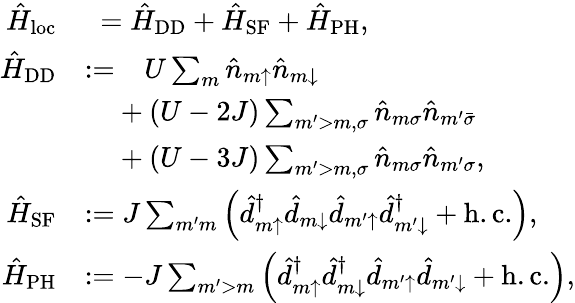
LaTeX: \begin{array}{rl}{\hat{H}_{\mathrm{loc}}}&{\phantom{:}=\hat{H}_{\mathrm{DD}}+\hat{H}_{\mathrm{SF}}+\hat{H}_{\mathrm{PH}},}\\ {\hat{H}_{\mathrm{DD}}}&{:=\phantom{+}U\sum_{m}\hat{n}_{m{\uparrow}}\hat{n}_{m{\downarrow}}}\\ &{\phantom{:=}+(U-2J)\sum_{m^{\prime}>m,\sigma}\hat{n}_{m\sigma}\hat{n}_{m^{\prime}\bar{\sigma}}}\\ &{\phantom{:=}+(U-3J)\sum_{m^{\prime}>m,\sigma}\hat{n}_{m\sigma}\hat{n}_{m^{\prime}\sigma},}\\ {\hat{H}_{\mathrm{SF}}}&{:=J\sum_{m^{\prime}m}\left(\hat{d}_{m{\uparrow}}^{\dagger}\hat{d}_{m{\downarrow}}\hat{d}_{m^{\prime}{\uparrow}}\hat{d}_{m^{\prime}{\downarrow}}^{\dagger}+\mathrm{h.c.}\right),}\\ {\hat{H}_{\mathrm{PH}}}&{:=-J\sum_{m^{\prime}>m}\left(\hat{d}_{m{\uparrow}}^{\dagger}\hat{d}_{m{\downarrow}}^{\dagger}\hat{d}_{m^{\prime}{\uparrow}}\hat{d}_{m^{\prime}{\downarrow}}+\mathrm{h.c.}\right),}\end{array}